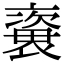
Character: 𧜍